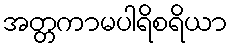
အတ္တကာမပါရိစရိယာ